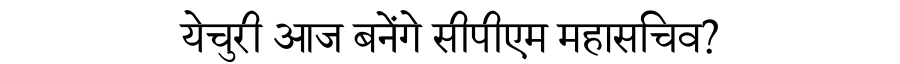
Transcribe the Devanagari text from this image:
येचुरी आज बनेंगे सीपीएम महासचिव?